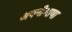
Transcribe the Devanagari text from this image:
अपनीभाषा